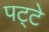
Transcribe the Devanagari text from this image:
पट्‍टे